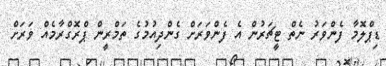
ޑިޕްލޮމާ ފެންވަރު ނެތް ޓީޗަރުން އެ ފެންވަރަށް ގެންދިއުމުގެ ތަމްރީން ޕްރޮގްރާމެއް ވަރަށް